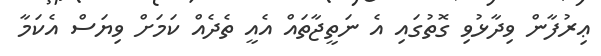
ޢިރުފާން ވިދާޅުވި ގޮތުގައި އެ ނަތީޖާތައް އެއީ ތެދެއް ކަމަށް ވިޔަސް އެކަމާ